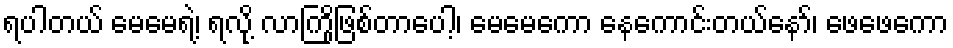
ရပါတယ် မေမေရဲ့၊ ရလို့ လာကြိုဖြစ်တာပေါ့၊ မေမေကော နေကောင်းတယ်နော်၊ ဖေဖေကော